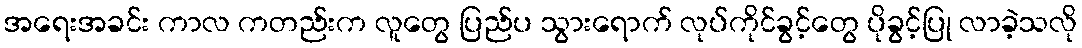
အရေးအခင်း ကာလ ကတည်းက လူတွေ ပြည်ပ သွားရောက် လုပ်ကိုင်ခွင့်တွေ ပိုခွင့်ပြု လာခဲ့သလို